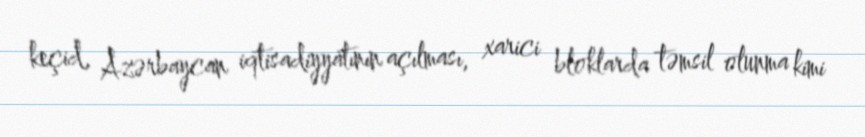
keçid, Azərbaycan iqtisadiyyatının açılması, xarici bloklarda təmsil olunma kimi